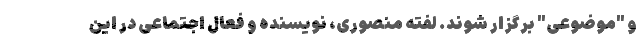
و "موضوعی" برگزار شوند. لفته منصوری، نویسنده و فعال اجتماعی در این